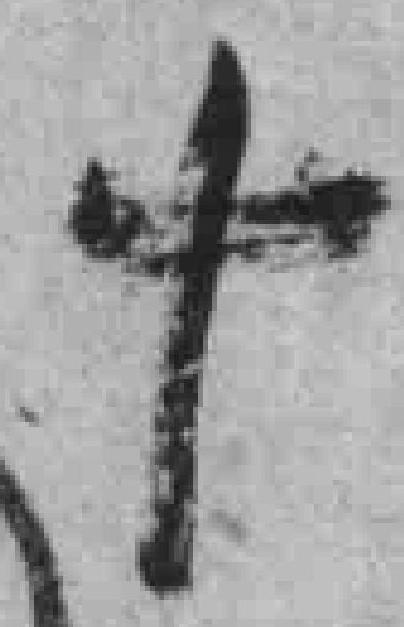
十